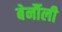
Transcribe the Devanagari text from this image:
बेर्नौली